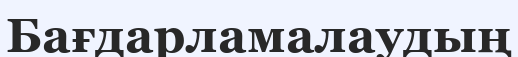
Бағдарламалаудың